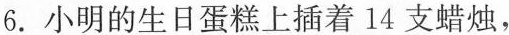
6.小明的生日蛋糕上插着14支蜡烛，